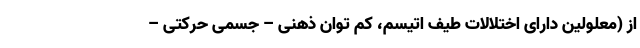
از (معلولین دارای اختلالات طیف اتیسم، کم توان ذهنی – جسمی حرکتی –